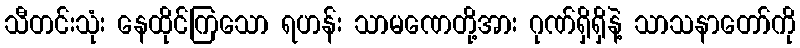
သီတင်းသုံး နေထိုင်ကြသော ရဟန်း သာမဏေတို့အား ဂုဏ်ရှိရှိနဲ့ သာသနာတော်ကို